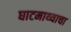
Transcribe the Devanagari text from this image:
घाटमाथ्याचा